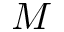
M